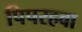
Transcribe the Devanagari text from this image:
पिपरहवा